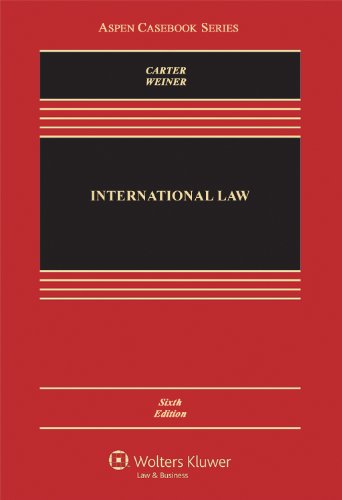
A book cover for International Law, Sixth Edition (Aspen Casebooks); Barry E. Carter; Law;